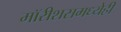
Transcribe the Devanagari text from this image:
मॉरीशसमध्येही